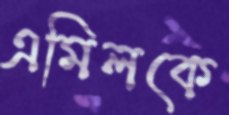
এমিলকে